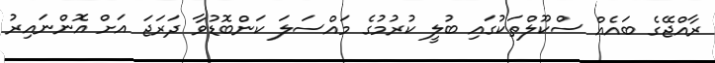
ރާއްޖޭގެ ބައެއް ސްކޫލްތަކުގައި ބުލީ ކުރުމުގެ މައްސަލަ ކަންބޮޑުވާ ދަރަޖަ އަށް އޮންނައިރު